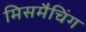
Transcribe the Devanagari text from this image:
मिसमैचिंग